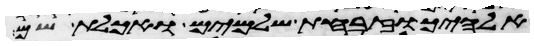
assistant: אלהיך וזבחת שלמים ואכלת שם